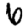
Digit: 6